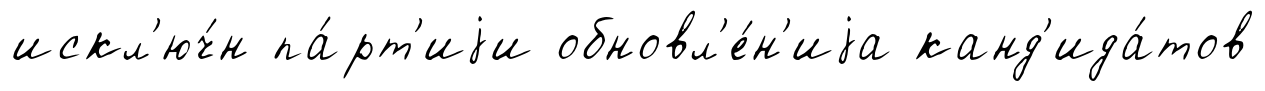
искл'юч́н па́рт'иjи обновл'е́н'иjа канд'ида́тов